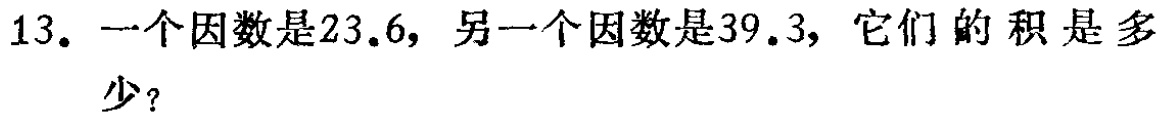
13. 一个因数是23.6，另一个因数是39.3，它们的积是多少？